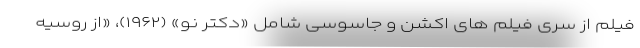
فیلم از سری فیلم های اکشن و جاسوسی شامل «دکتر نو» (۱۹۶۲)، «از روسیه